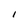
Character: I